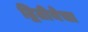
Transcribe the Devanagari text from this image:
द्वितीयेचा